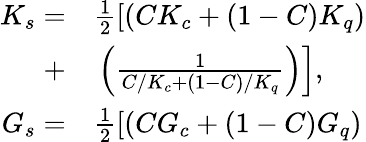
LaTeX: \begin{array}{rl}{K_{s}=}&{{}\frac{1}{2}\left[\left(CK_{c}+(1-C)K_{q}\right)\right.}\\ {+}&{{}\left.\left(\frac{1}{C/K_{c}+(1-C)/K_{q}}\right)\right],}\\ {G_{s}=}&{{}\frac{1}{2}\left[\left(CG_{c}+(1-C)G_{q}\right)\right.}\end{array}